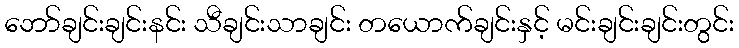
ဘော်ချင်းချင်းနင်း သီချင်းသာချင်း တယောက်ချင်းနှင့် မင်းချင်းချင်းတွင်း